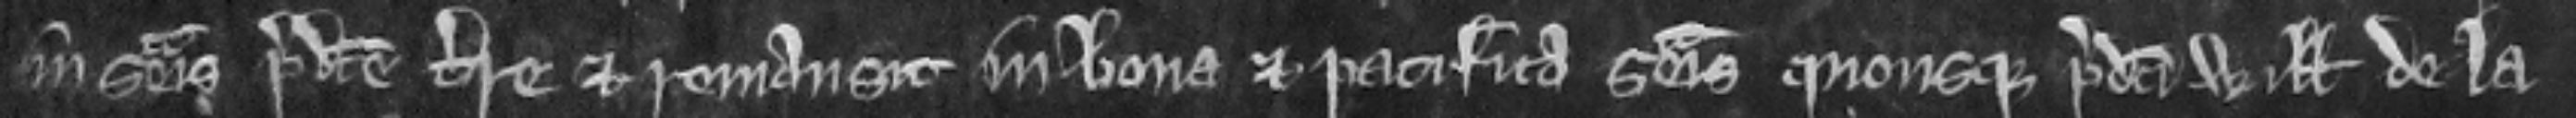
in seisina predicte terre et remansit in bona et pacifica seisina quousque predicti Willelmus de la